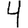
Digit: 4